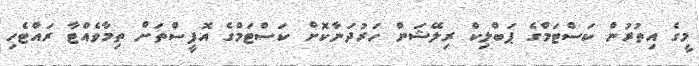
މީގެ އިތުރުން ކަސްޓަމްގެ ޕަބްލިކް ރިލޭޝަން ހަރުދަނާކޮށް ކަސްޓަމްގެ އޮފީސްތަށް ތިމާވެއްޓާ ރައްޓެހި